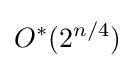
O^{*}(2^{n/4})